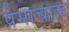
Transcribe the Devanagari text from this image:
प्रेमाचाच